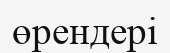
өрендері